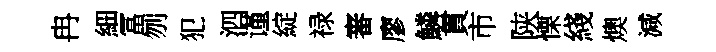
冉細冨刎犯泗谨綻禄審廖鱗貫市陕慄綫燠減